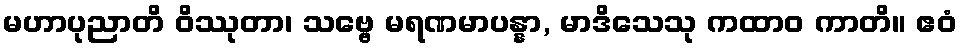
မဟာပုညာတိ ဝိဿုတာ၊ သဗ္ဗေ မရဏမာပန္နာ, မာဒိသေသု ကထာဝ ကာတိ။ ဧဝံ